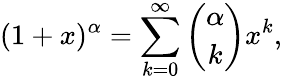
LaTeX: (1+x)^{\alpha}=\sum_{k=0}^{\infty}\binom{\alpha}{k}x^{k},